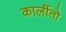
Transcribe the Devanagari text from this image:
कार्लीतो